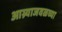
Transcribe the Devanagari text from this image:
आग्र्याजवळच्या